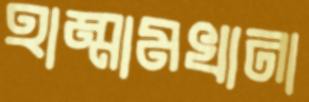
হাম্মামখানা